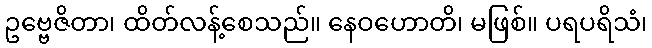
ဥဗ္ဗေဇိတာ၊ ထိတ်လန့်စေသည်။ နေဝဟောတိ၊ မဖြစ်။ ပရပရိသံ၊